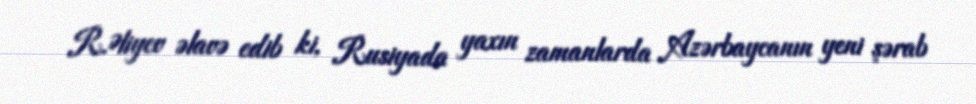
R.Əliyev əlavə edib ki, Rusiyada yaxın zamanlarda Azərbaycanın yeni şərab